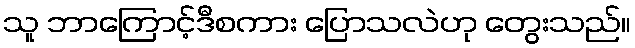
သူ ဘာကြောင့်ဒီစကား ပြောသလဲဟု တွေးသည်။